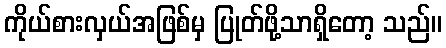
ကိုယ်စားလှယ်အဖြစ်မှ ပြုတ်ဖို့သာရှိတော့ သည်။